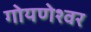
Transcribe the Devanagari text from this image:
गोयणेश्वर